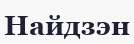
Найдзэн